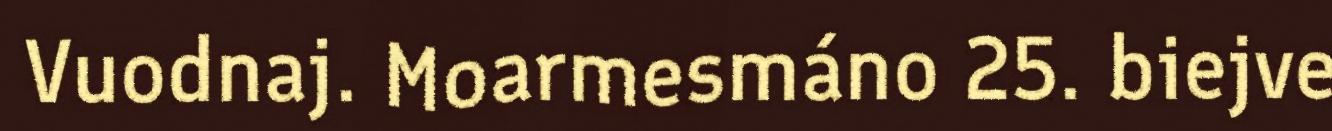
Vuodnaj. Moarmesmáno 25. biejve